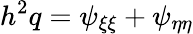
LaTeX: h^{2}q=\psi_{\xi\xi}+\psi_{\eta\eta}